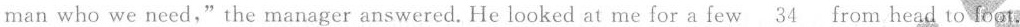
man who we need," the manager answered.He looked at me for a few\underline{34} from head to foot.